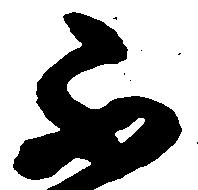
不